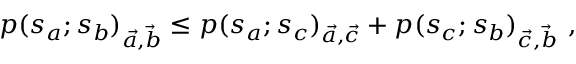
p ( s _ { a } ; s _ { b } ) _ { \vec { a } , \vec { b } } \leq p ( s _ { a } ; s _ { c } ) _ { \vec { a } , \vec { c } } + p ( s _ { c } ; s _ { b } ) _ { \vec { c } , \vec { b } } \, \, ,